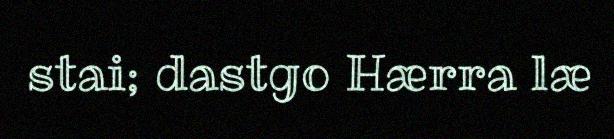
stai; dastgo Hærra læ